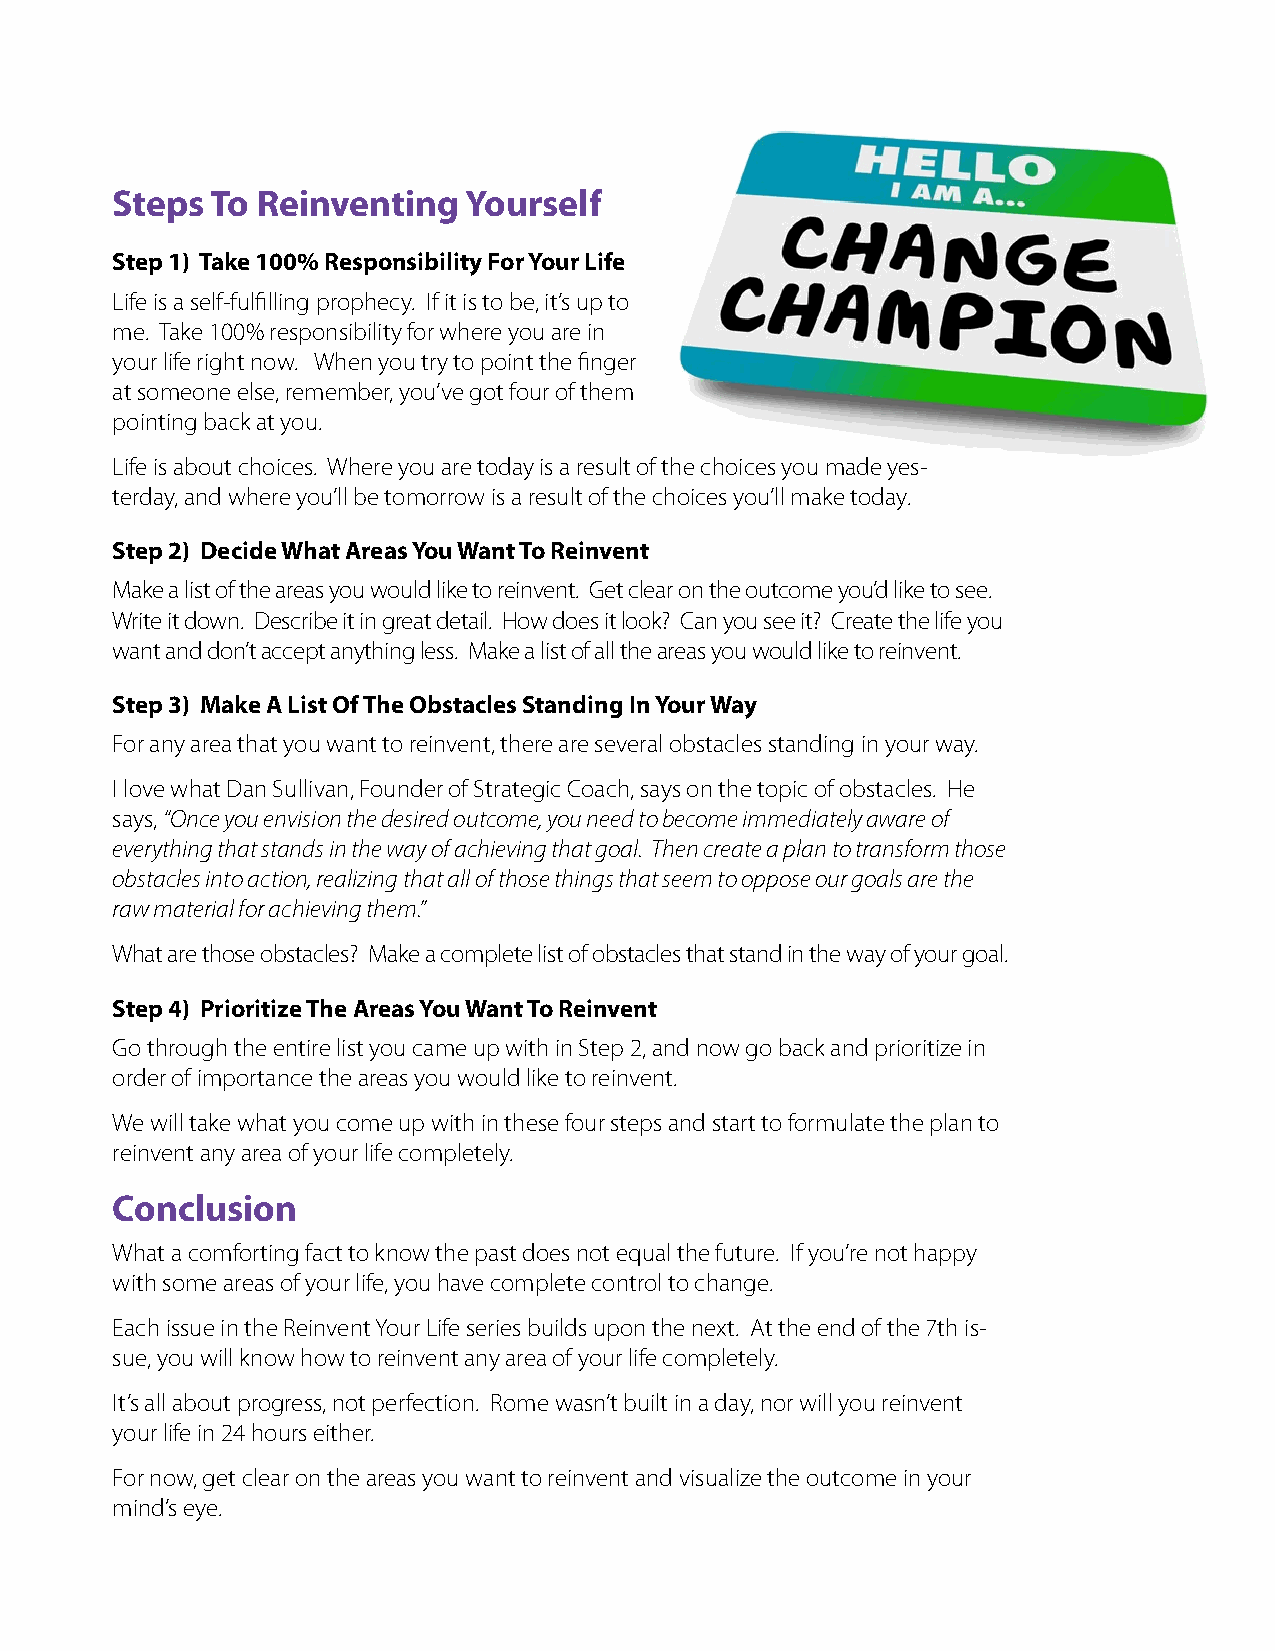
Steps  To Reinventing   Yourself
 Step 1) Take 100% Responsibility For Your Life
 Life is a self-fulfilling prophecy. If it is to be, it’s up to
 me. Take 100% responsibility for where you are in
 your life right now. When you try to point the finger
 at someone else, remember, you’ve got four of them
 pointing back at you.
 Life is about choices. Where you are today is a result of the choices you made yes-
 terday, and where you’ll be tomorrow is a result of the choices you’ll make today.
 Step 2) Decide What Areas You Want To Reinvent
 Make a list of the areas you would like to reinvent. Get clear on the outcome you’d like to see.
 Write it down. Describe it in great detail. How does it look? Can you see it? Create the life you
 want and don’t accept anything less. Make a list of all the areas you would like to reinvent.
 Step 3) Make A List Of The Obstacles Standing In Your Way
 For any area that you want to reinvent, there are several obstacles standing in your way.
 I love what Dan Sullivan, Founder of Strategic Coach, says on the topic of obstacles. He
 says, “Once you envision the desired outcome, you need to become immediately aware of
 everything that stands in the way of achieving that goal. Then create a plan to transform those
 obstacles into action, realizing that all of those things that seem to oppose our goals are the
 raw material for achieving them.”
 What are those obstacles? Make a complete list of obstacles that stand in the way of your goal.
 Step 4) Prioritize The Areas You Want To Reinvent
 Go through the entire list you came up with in Step 2, and now go back and prioritize in
 order of importance the areas you would like to reinvent.
 We will take what you come up with in these four steps and start to formulate the plan to
 reinvent any area of your life completely.
 Conclusion
 What a comforting fact to know the past does not equal the future. If you’re not happy
 with some areas of your life, you have complete control to change.
 Each issue in the Reinvent Your Life series builds upon the next. At the end of the 7th is-
 sue, you will know how to reinvent any area of your life completely.
 It’s all about progress, not perfection. Rome wasn’t built in a day, nor will you reinvent
 your life in 24 hours either.
 For now, get clear on the areas you want to reinvent and visualize the outcome in your
 mind’s eye.